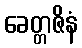
ခေတ္တဇိနံ